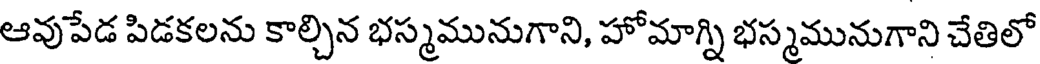
ఆవుపేడ పిడకలను కాల్చిన భస్మమునుగాని, హోమాగ్ని భస్మమునుగాని చేతిలో